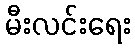
မီးလင်းရေး